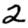
Digit: 2